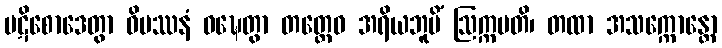
ပဋိစောဒေတွာ ဝိပဿနံ ဝဍ္ဎေတွာ တတ္ထေဝ အရိယဘူမိံ ဩက္ကမတိ၊ တထာ အသက္ကောန္တော